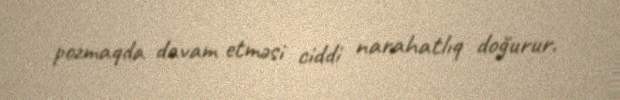
pozmaqda davam etməsi ciddi narahatlıq doğurur.